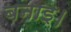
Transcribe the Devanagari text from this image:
बनाइ।